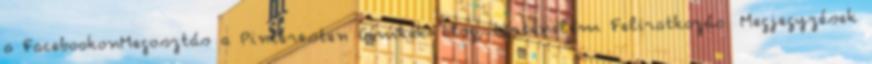
a FacebookonMegosztás a Pinteresten Címkék: blog, történelem Feliratkozás: Megjegyzések